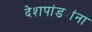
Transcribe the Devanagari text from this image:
देशपांड्यांना